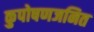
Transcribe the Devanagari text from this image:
कुपोषणजनित